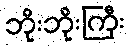
ဘိုးဘိုးကြီး